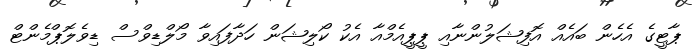
ޕާޓީގެ އެހެން ބައެއް އޮފިޝަލުންނާއި ޕީޕީއެމްއާ އެކު ކޯލިޝަން ހަދާފައިވާ މޯލްޑިވްސް ޑިވެލޮޕްމެންޓް